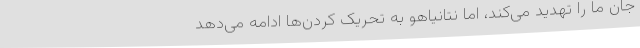
جان ما را تهدید می‌کند، اما نتانیاهو به تحریک کردن‌ها ادامه می‌دهد